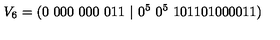
V _ { 6 } = ( 0 \ 0 0 0 \ 0 0 0 \ 0 1 1 \ | \ 0 ^ { 5 } \ 0 ^ { 5 } \ 1 0 1 1 0 1 0 0 0 0 1 1 )